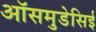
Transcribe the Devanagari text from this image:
ऑसमुडेसिई